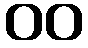
၀၀